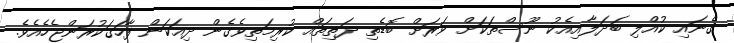
ގެނައި ކުއްލި ބަދަލާއިއެކު ނޫސްތަކަށް ވަރަށް ބޮޑެތި ދަތިތައް ކުރިމަތިވެގެން ދިއަކަން ފާހަގަކުރަންޖެހެއެވެ.